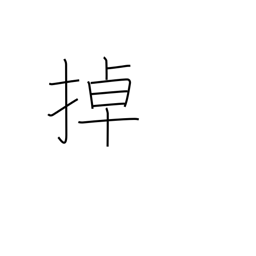
Meaning: shake & move